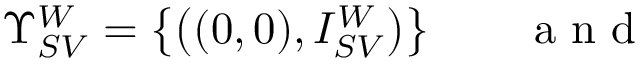
\Upsilon _ { S V } ^ { W } = \big \{ \big ( ( 0 , 0 ) , I _ { S V } ^ { W } \big ) \big \} \qquad \mathrm { ~ a ~ n ~ d ~ }